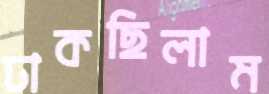
ঢাকছিলাম